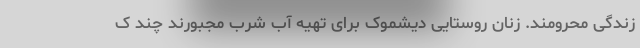
زندگی محرومند. زنان روستایی دیشموک برای تهیه آب شرب مجبورند چند ک